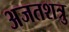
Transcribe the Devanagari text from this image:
अजतशत्रु